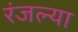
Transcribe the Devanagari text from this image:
रंजल्या